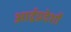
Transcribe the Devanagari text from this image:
आर्द्रप्रदेशों